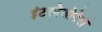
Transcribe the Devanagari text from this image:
इंटरनेजोनेल